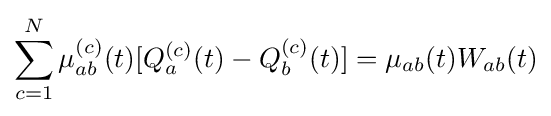
\sum _{c=1}^{N}\mu _{ab}^{(c)}(t)[Q_{a}^{(c)}(t)-Q_{b}^{(c)}(t)]=\mu _{ab}(t)W_{ab}(t)